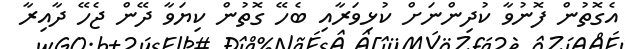
އެގޮތުން ފޮނުވާ ކުދިންނަށް ކުޅިވަރާއި ބެހޭ ގޮތުން ކިޔަވާ ދޭން ޖެހޭ ދާއިރާ